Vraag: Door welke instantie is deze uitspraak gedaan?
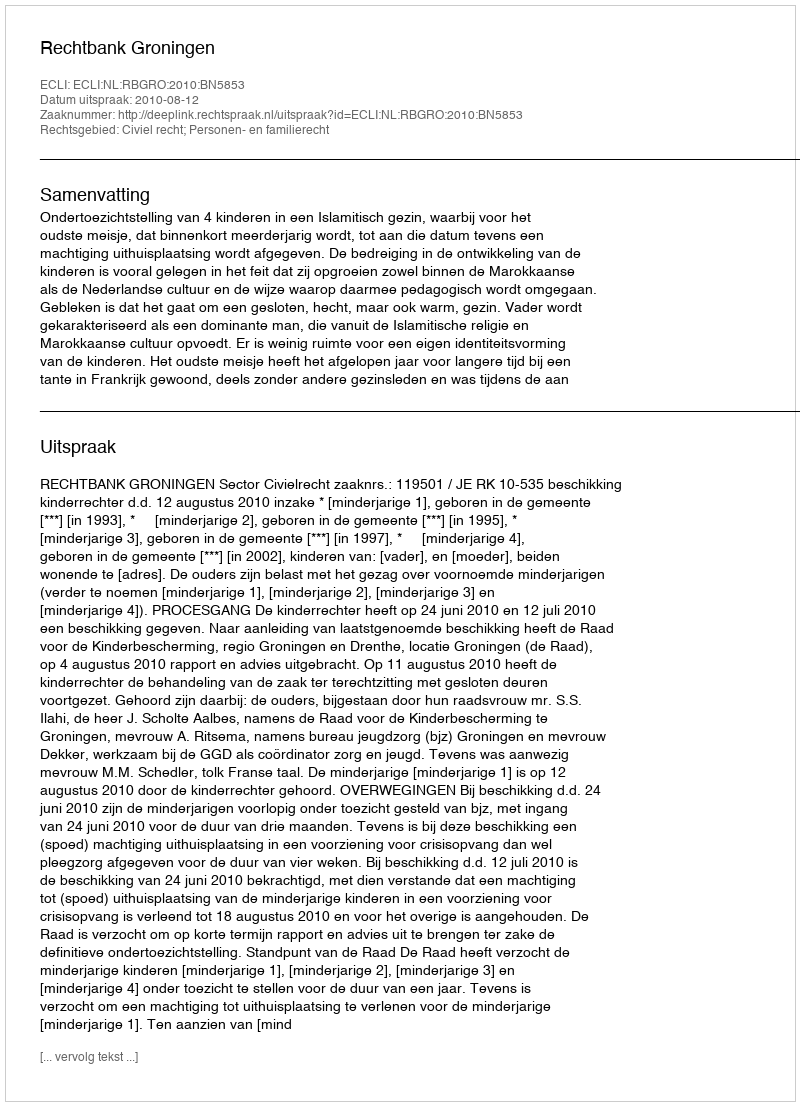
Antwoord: Rechtbank Groningen